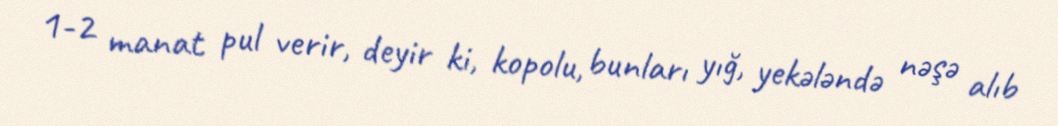
1-2 manat pul verir, deyir ki, kopolu, bunları yığ, yekələndə nəşə alıb